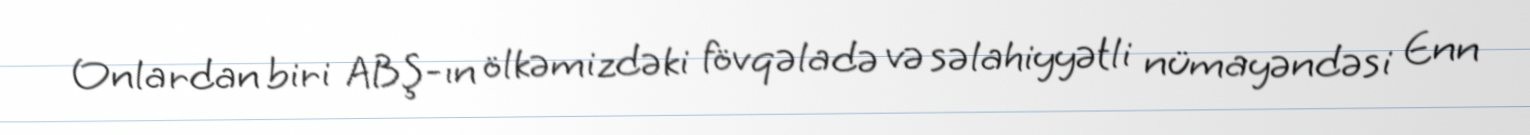
Onlardan biri ABŞ-ın ölkəmizdəki fövqəladə və səlahiyyətli nümayəndəsi Enn